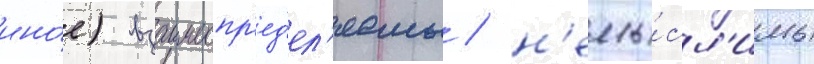
ино́е) взаимоопр'ед'ел'яемы / н'емы́сл'имы